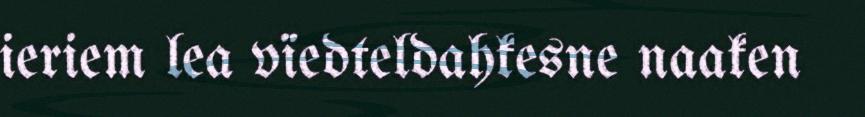
ieriem lea vïedteldahkesne naaken